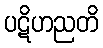
ပဋိဟညတိ